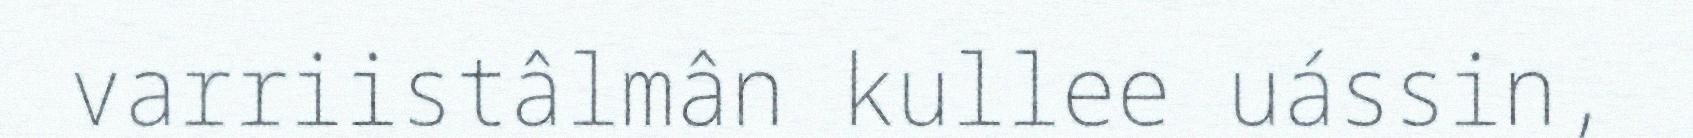
varriistâlmân kullee uássin,